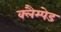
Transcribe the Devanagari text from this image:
क्लैम्पेड